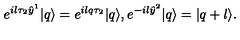
e ^ { i l \tau _ { 2 } \hat { y } ^ { 1 } } | q \rangle = e ^ { i l q \tau _ { 2 } } | q \rangle , e ^ { - i l \hat { y } ^ { 2 } } | q \rangle = | q + l \rangle .